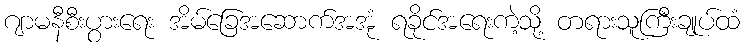
ဂျာမနီစီးပွားရေး အိမ်ခြေအဆောက်အအုံ ရခိုင်အရေးကဲ့သို့ တရားသူကြီးချုပ်ထံ